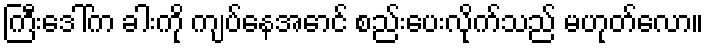
ကြီးဒေါ်က ခါးကို ကျပ်နေအောင် စည်းပေးလိုက်သည် မဟုတ်လော။